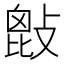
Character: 𢾱